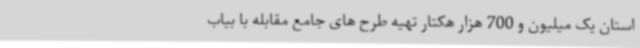
استان یک میلیون و 700 هزار هکتار تهیه طرح های جامع مقابله با بیاب